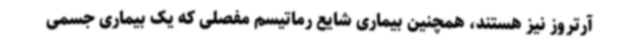
آرتروز نیز هستند، همچنین بیماری شایع رماتیسم مفصلی که یک بیماری جسمی